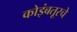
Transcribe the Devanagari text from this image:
कोइंबतूरचे